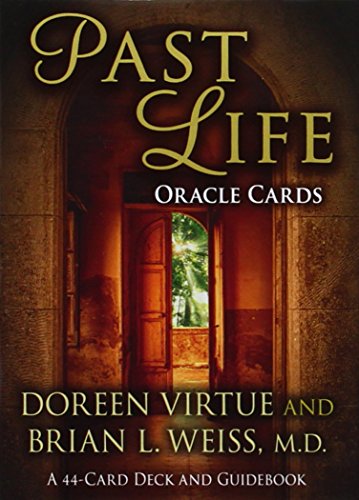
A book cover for Past Life Oracle Cards: A 44-Card Deck and Guidebook; Doreen Virtue; Religion & Spirituality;